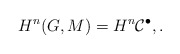
\begin{align*}H^n(G, M) = H^n \mathcal C^\bullet, .\end{align*}